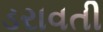
ડરાવતી